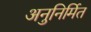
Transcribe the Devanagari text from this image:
अनुनिर्मित